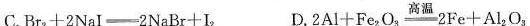
C.$$B r _ { 3 } + 2 N a I \xlongequal 2 N a B r + I_ { 2 }$$ D.$$2 A l + F e _ { 2 } O _ { 3 } \xlongequal [ ] { 高温 } 2 F e + A l _ { 2 } O _ { 3 }$$